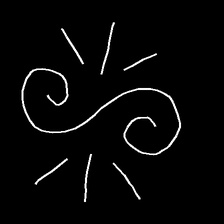
Glyph: wind-directs-air